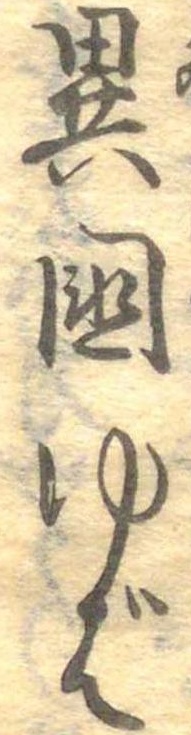
異国ゆば